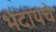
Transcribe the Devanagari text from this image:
भेदायचे